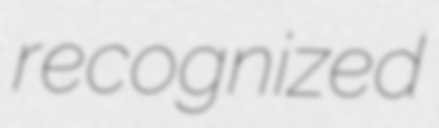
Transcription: recognized